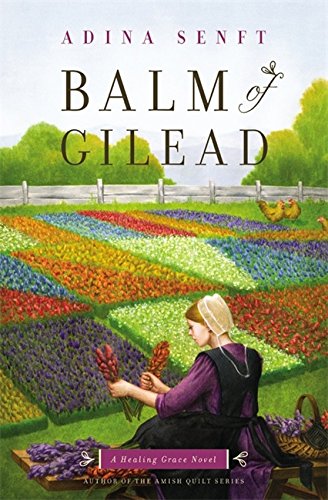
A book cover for Balm of Gilead: A Healing Grace Novel; Adina Senft; Romance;